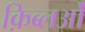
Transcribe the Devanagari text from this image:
क़िब्लओं